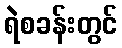
ရဲစခန်းတွင်